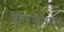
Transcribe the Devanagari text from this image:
गॄहस्थाश्रमात